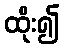
ထိုး၍